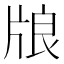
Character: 𤗀